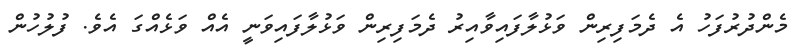
މެންދުރުފަހު އެ ދެމަފިރިން ވަޅުލާފައިވާއިރު ދެމަފިރިން ވަޅުލާފައިވަނީ އެއް ވަޅެއްގަ އެވެ. ފުލުހުން